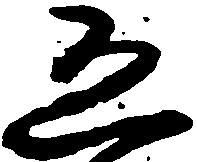
恐